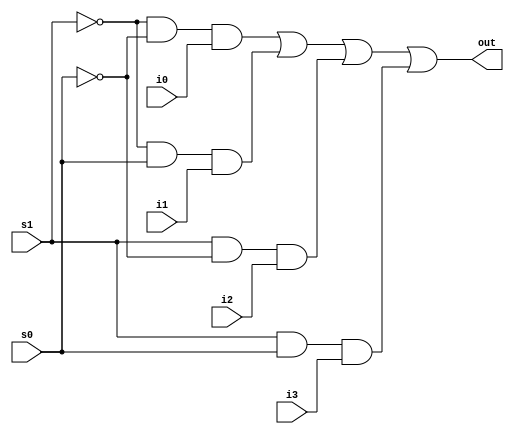
module mux4_to_1(out, i0, i1, i2, i3, s1, s0);
    output out;
    input i0,i1,i2,i3;
    input s0,s1;
    assign out = (~s1 & ~s0 & i0) |(~s1 & s0 & i1) | (s1 & ~s0 & i2) |(s1 & s0 & i3);
endmodule